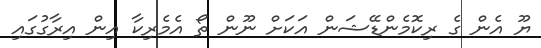
ޔޫ އެން ގެ ރިކޮމެންޑޭޝަން އަކަށް ނޫން ތޯ އެމެރިކާ އިން އިރާގުގައި